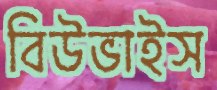
বিউভাইস